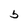
Character: 5